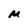
Character: M